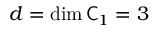
d = \dim \mathsf C _ { 1 } = 3